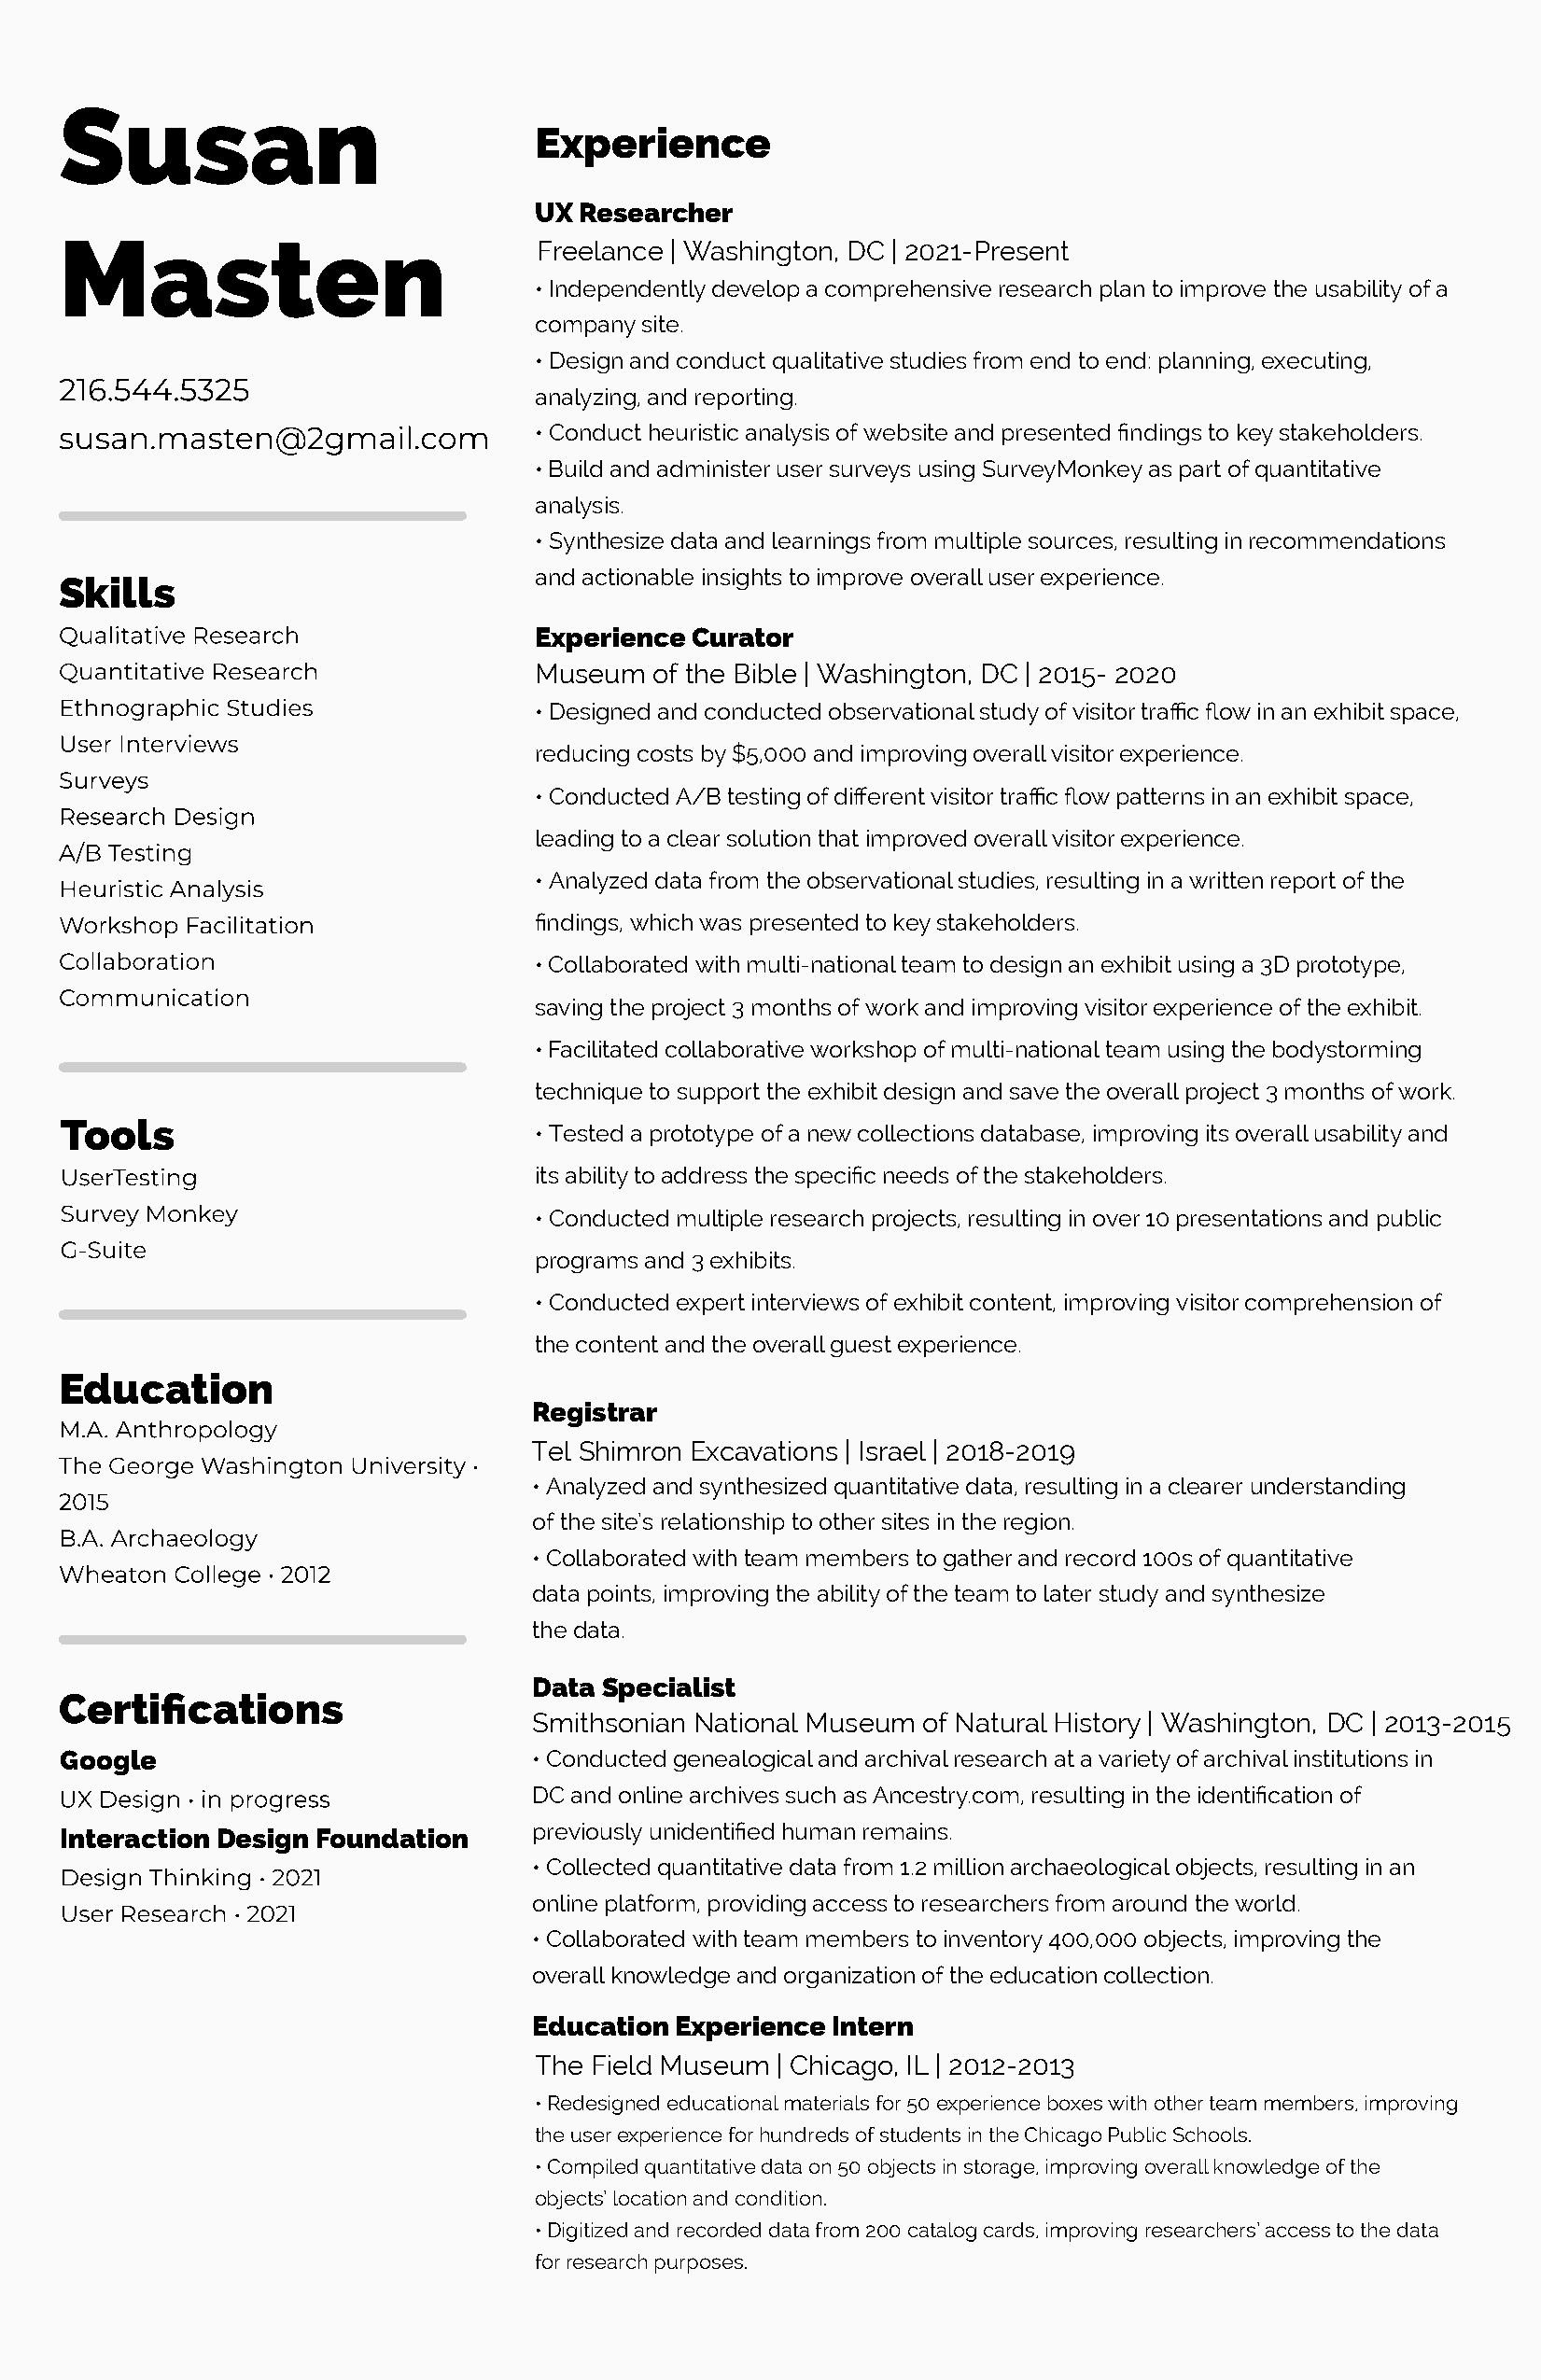
Susan
 Experience
 UX Researcher
 Masten                            Freelance | Washington, DC | 2021-Present
 • Independently develop a comprehensive research plan to improve the usability of a
 company site.
 • Design and conduct qualitative studies from end to end: planning, executing,
 analyzing, and reporting.
 • Conduct heuristic analysis of website and presented findings to key stakeholders.
 • Build and administer user surveys using SurveyMonkey as part of quantitative
 analysis.
 • Synthesize data and learnings from multiple sources, resulting in recommendations
 and actionable insights to improve overall user experience.
 Skills
 Experience Curator
 Museum  of the Bible | Washington, DC | 2015- 2020
 • Designed and conducted observational study of visitor traffic flow in an exhibit space,
 reducing costs by $5,000 and improving overall visitor experience.
 • Conducted A/B testing of different visitor traffic flow patterns in an exhibit space,
 leading to a clear solution that improved overall visitor experience.
 • Analyzed data from the observational studies, resulting in a written report of the
 findings, which was presented to key stakeholders.
 • Collaborated with multi-national team to design an exhibit using a 3D prototype,
 saving the project 3 months of work and improving visitor experience of the exhibit.
 • Facilitated collaborative workshop of multi-national team using the bodystorming
 technique to support the exhibit design and save the overall project 3 months of work.
 Tools
 • Tested a prototype of a new collections database, improving its overall usability and
 its ability to address the specific needs of the stakeholders.
 • Conducted multiple research projects, resulting in over 10 presentations and public
 programs and 3 exhibits.
 • Conducted expert interviews of exhibit content, improving visitor comprehension of
 the content and the overall guest experience.
 Education
 Registrar
 Tel Shimron Excavations | Israel | 2018-2019
 • Analyzed and synthesized quantitative data, resulting in a clearer understanding
 of the site’s relationship to other sites in the region.
 • Collaborated with team members to gather and record 100s of quantitative
 data points, improving the ability of the team to later study and synthesize
 the data.
 Data Specialist
 Certifications
 Smithsonian National Museum of Natural History | Washington, DC | 2013-2015
 Google                            • Conducted genealogical and archival research at a variety of archival institutions in
 DC and online archives such as Ancestry.com, resulting in the identification of
 Interaction Design Foundation     previously unidentified human remains.
 • Collected quantitative data from 1.2 million archaeological objects, resulting in an
 online platform, providing access to researchers from around the world.
 • Collaborated with team members to inventory 400,000 objects, improving the
 overall knowledge and organization of the education collection.
 Education Experience Intern
 The Field Museum | Chicago, IL | 2012-2013
 • Redesigned educational materials for 50 experience boxes with other team members, improving
 the user experience for hundreds of students in the Chicago Public Schools.
 • Compiled quantitative data on 50 objects in storage, improving overall knowledge of the
 objects’ location and condition.
 • Digitized and recorded data from 200 catalog cards, improving researchers’ access to the data
 for research purposes.